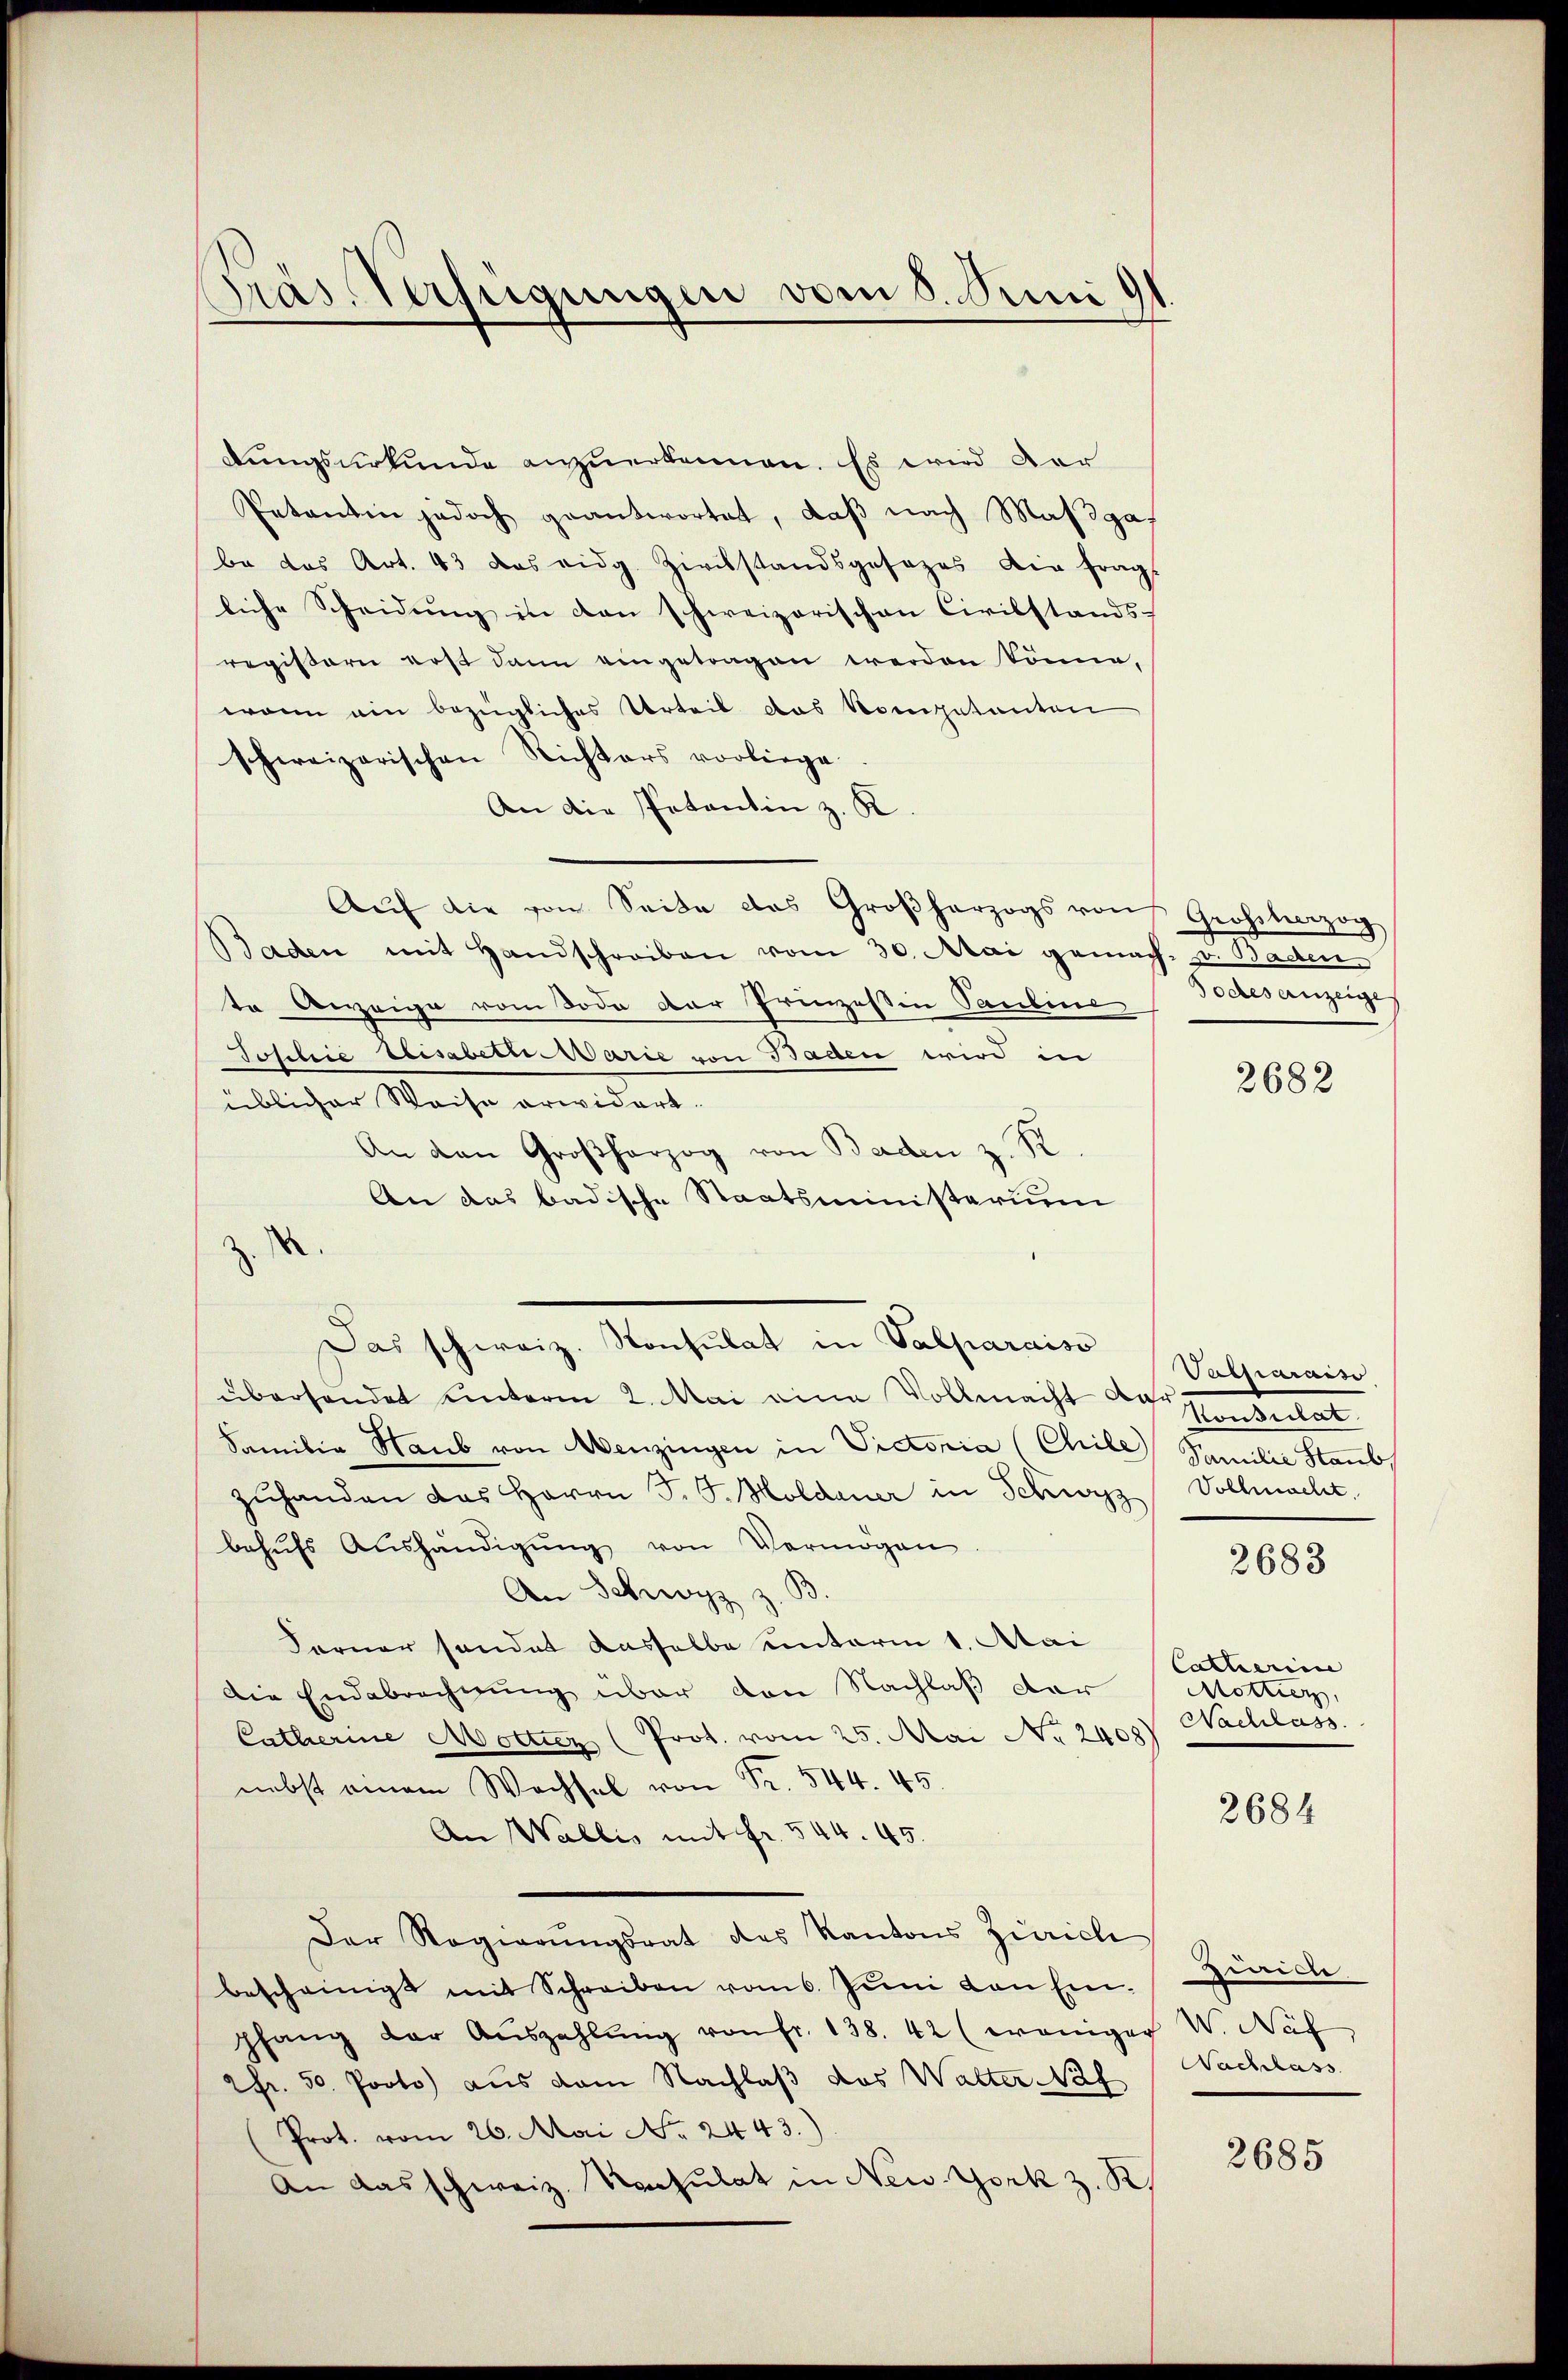
Gras Verfügungen vom 8. Juni.

dungsurkunde anzuerkennen. Es wird der
Petentin jedoch geantwortet, daβ nach Maßgabe das Art. 43 das eidg. Zivilstandsgesezes die fragt
liche Scheidung in den schweizerischen Civilstands-
registern erst dann eingetragen werden könne,
wann ein bezügliches Urteil das Kompetenten
schweizerischen Richters vorliege.
An die Patentin z. K
Aŭf die von Seite des Großherzogs von Großherzog
Baden mit Handschreiben vom 30. Mai gemach- u. Baden
te Anzeige vom Tode der Prinzessin Pauline
Ichlie Elisaben. Marie von Baden wird in
e
üblicher Weise erwidert.
An den Großherzog von Baden z. R.
An das badische Staatsministerium
e
Das schweiz. Konsulat in Valparaiso Valliaraiso
überhandet unterm 2. Mai eine Vollmacht derat
Familie Staub von Menzingen in Victoria (Chile) Sammler Staub
zuhanden das Herrn J. J. Holdauer in Schwyz Vollmacht
behufs Aushändigung von Vermögen
An Schwyz z. B.
Ferner sondet dasselbe unterm 1. Mai
die Endebrechnung über den Nachlaß der Mottier,
Catherine Motter (Prot. vom 25. Mai No 2408)
nebst einem Wechsel von Fr. 544. 45.
An Wallis mit fr. 544. 45.
Der Regierungsrat des Kantons Zürich
bescheinigt mit Schreiben vom 6. Juni von Einpfang der Aŭszahlŭng von fr. 138. 42 (weniger V. Naf
2fr. 50. Proto) aus dem Nachlaβ das Walter Naf
Prot. vom 26. Mai No. 2443.)
An das schweiz. Konsulat in New York z. R.

Vocles anzeige,

2682

2683

Catharine
Nachlass

2684

Zweide
Nachslass

2685